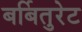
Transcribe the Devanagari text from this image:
बर्बितुरेट